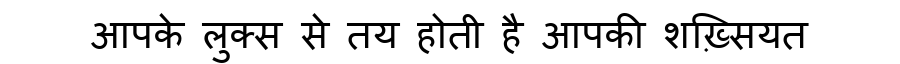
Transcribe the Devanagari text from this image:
आपके लुक्स से तय होती है आपकी शख़्सियत